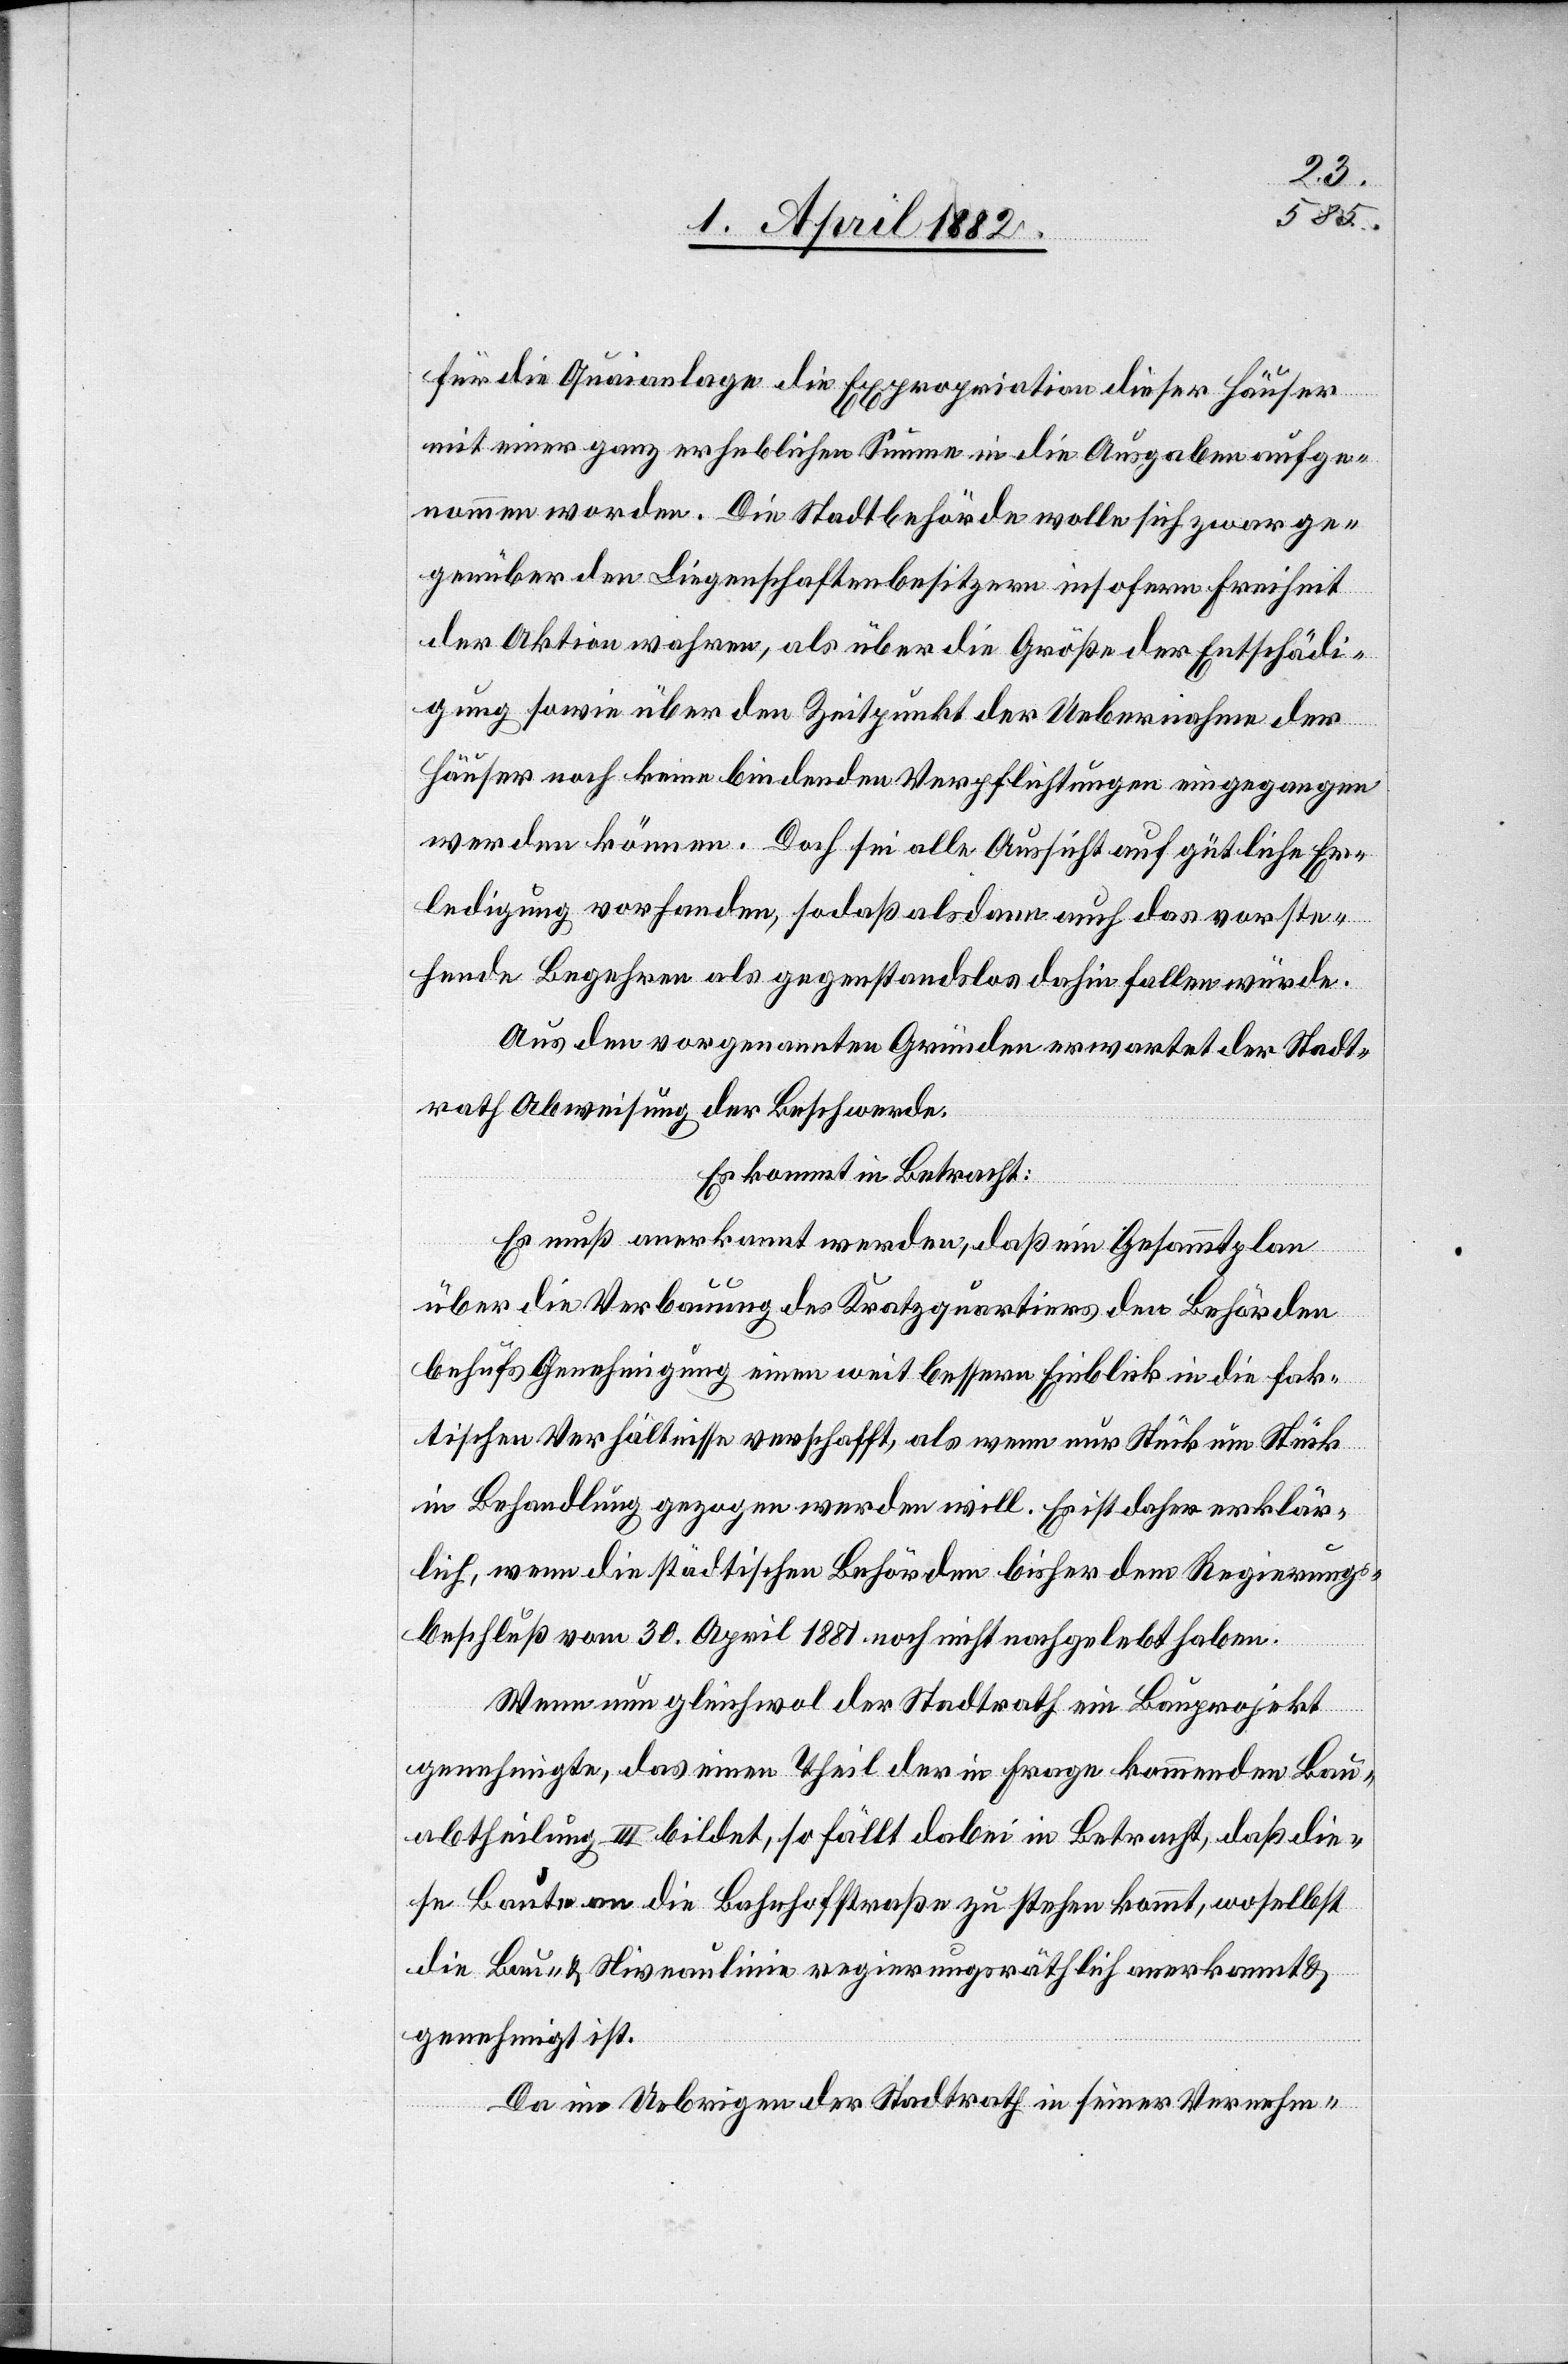
für die Quaianlage die Expropriation dieser Häuser
mit einer ganz erheblichen Summe in die Ausgaben aufge¬
nommen worden. Die Stadtbehörde wolle sich zwar ge¬
genüber den Liegenschaftenbesitzern insofern Freiheit
der Aktion wahren, als über die Größe der Entschädi¬
gung sowie über den Zeitpunkt der Uebernahme der
Häuser noch keine bindenden Verpflichtungen eingegangen
werden können. Doch sei alle Aussicht auf gütliche Er¬
ledigung vorhanden, sodaß alsdann auch das vorste¬
hende Begehren als gegenstandslos dahin fallen würde.
Aus den vorgenannten Gründen erwartet der Stadt¬
rath Abweisung der Beschwerde.
Es kommt in Betracht:
Es muß anerkannt werden, daß ein Gesammtplan
über die Verbauung des Kratzquartiers den Behörden
behufs Genehmigung einen weit bessern Einblick in die fak¬
tischen Verhältnisse verschafft, als wenn nur Stück um Stück
in Behandlung gezogen werden will. Es ist daher erklär¬
lich, wenn die städtischen Behörden bisher dem Regierungs¬
beschluß vom 30. April 1881 noch nicht nachgelebt haben.
Wenn nun gleichwol der Stadtrath ein Bauprojekt
genehmigte, das einen Theil der in Frage kommenden Bau¬
abtheilung III bildet, so fällt dabei in Betracht, daß die¬
se Baute an die Bahnhofstraße zu stehen kommt, woselbst
die Bau- & Niveaulinie regierungsräthlich anerkannt &
genehmigt ist.
Da im Uebrigen der Stadtrath in seiner Vernehm-